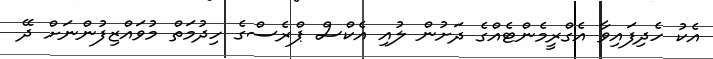
އެކު ހެދިފައިވާ އެގްރީމެންޓެއްގެ ދަށުން ލުއި އެކްސް ޕްރެސްގެ ހިދުމަތް މުވައްޒިފުންނަށް ދޭ